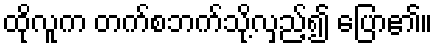
ထိုလူက တက်စဘက်သို့လှည့်၍ ပြော၏။